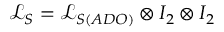
\mathcal { L } _ { S } = \mathcal { L } _ { S ( A D O ) } \otimes I _ { 2 } \otimes I _ { 2 }